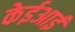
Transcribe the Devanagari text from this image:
केईआई